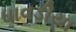
ધાવડીયા